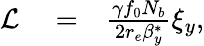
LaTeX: \begin{array}{rlr}{\mathcal{L}}&{{}=}&{\frac{\gamma f_{0}N_{b}}{2r_{e}\beta_{y}^{*}}\xi_{y},}\end{array}